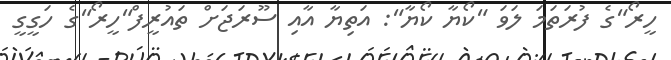
ހީރޯ"ގެ ފުރަތަމަ ލަވަ "ކޯޔާ ކޯޔާ": އަތިޔާ އާއި ސޫރަޖަށް ތައުރީފް"ހީރޯ"ގެ ހަގީގީ